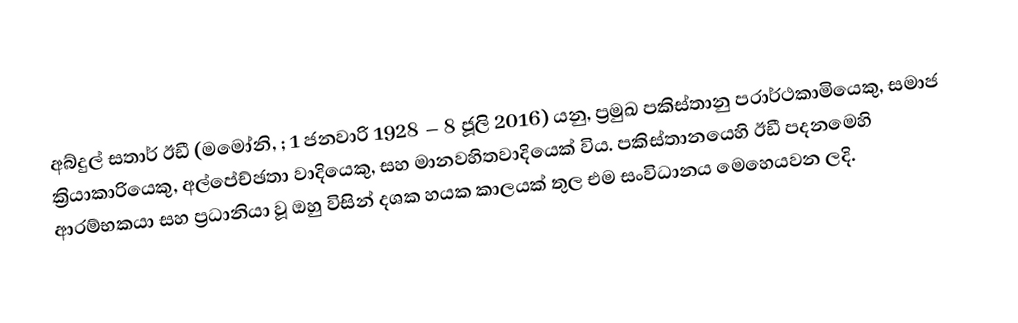
අබ්දුල් සතාර් ඊඩී (මමෝනි, ; 1 ජනවාරි 1928 – 8 ජූලි 2016) යනු,  ප්‍රමුඛ පකිස්තානු පරාර්ථකාමියෙකු, සමාජ ක්‍රියාකාරියෙකු, අල්පේච්ඡතා වාදියෙකු, සහ මානවහිතවාදියෙක් විය. පකිස්තානයෙහි ඊඩී පදනමෙහි ආරම්භකයා සහ ප්‍රධානියා වූ ඔහු විසින් දශක හයක කාලයක් තුල එම සංවිධානය මෙහෙයවන ලදි.